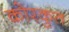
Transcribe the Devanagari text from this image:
कोरकुत